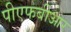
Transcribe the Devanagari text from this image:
पीएफबीआर